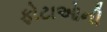
ફોટાઓની